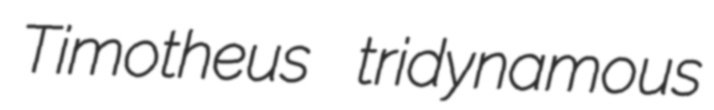
Timotheus tridynamous